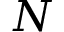
N